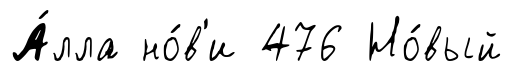
А́лла но́в'и 476 Но́вый